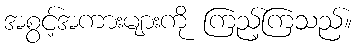
အစွင့်အကားများကို ကြည့်ကြသည်။